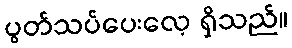
ပွတ်သပ်ပေးလေ့ ရှိသည်။